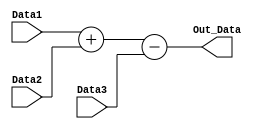
// Adder which sums 2 inputs then subtracts a third input from them

module spec_adder(Data1, Data2, Data3, Out_Data);

	input [4:0] Data1, Data2, Data3;
	output [4:0] Out_Data;

	wire [5:0] Temp;

	assign Temp = Data1 + Data2 - Data3;

	assign Out_Data = Temp[4:0];

endmodule